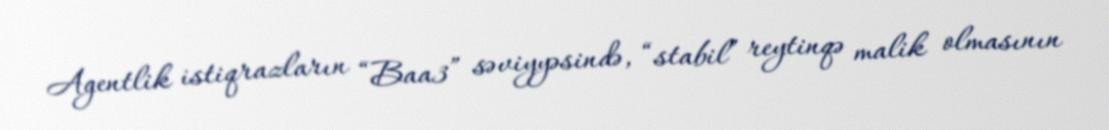
Agentlik istiqrazların “Baa3” səviyyəsində, “stabil” reytinqə malik olmasının